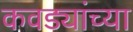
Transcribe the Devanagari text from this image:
कवड्यांच्‍या